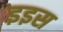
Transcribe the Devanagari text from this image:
इइस